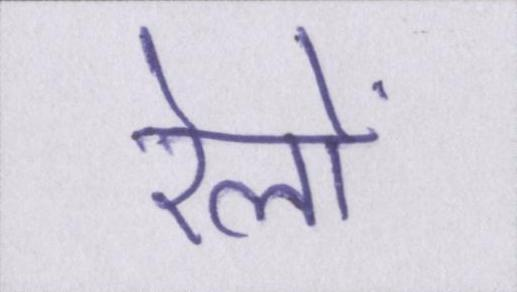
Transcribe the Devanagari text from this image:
रेलों